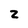
Character: 2